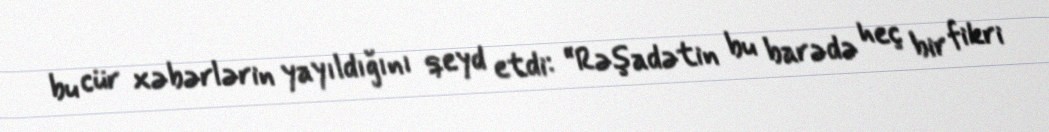
bu cür xəbərlərin yayıldığını qeyd etdi: “Rəşadətin bu barədə heç bir fikri